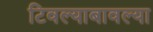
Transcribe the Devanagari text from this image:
टिवल्याबावल्या